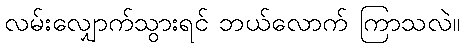
လမ်းလျှောက်သွားရင် ဘယ်လောက် ကြာသလဲ။